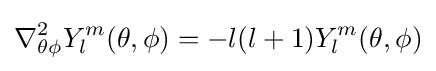
\nabla _{\theta \phi }^{2}Y_{l}^{m}(\theta ,\phi )=-l(l+1)Y_{l}^{m}(\theta ,\phi )